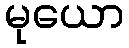
မုယော